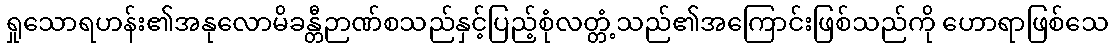
ရှုသောရဟန်း၏အနုလောမိခန္တီဉာဏ်စသည်နှင့်ပြည့်စုံလတ္တံ့သည်၏အကြောင်းဖြစ်သည်ကို ဟောရာဖြစ်သေ